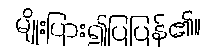
မျိုးပြား၍ပြပြန်၏။